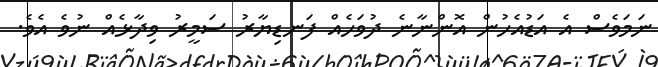
ނަމަވެސް އެ އަޑުއެހުން އޮންނާނެ ދުވަހެއް ފަނޑިޔާރު ސަމީރު ވިދާޅެއް ނުވެ އެވެ.